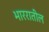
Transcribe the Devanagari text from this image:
भाररातील